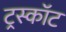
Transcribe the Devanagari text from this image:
ट्रस्कॉट